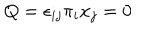
LaTeX: Q = \epsilon _ { i j } \pi _ { i } x _ { j } = 0